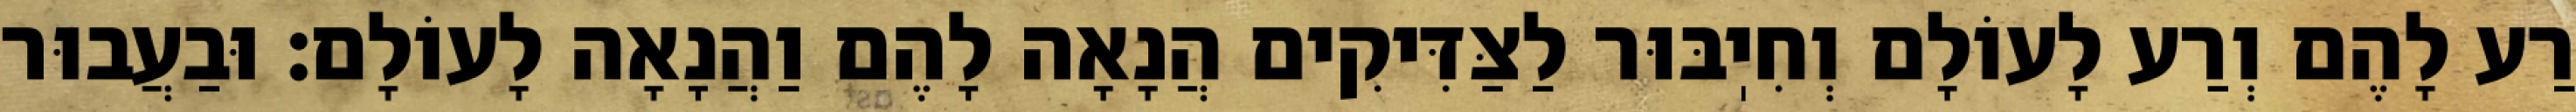
רַע לָהֶם וְרַע לָעוֹלָם וְחִיֽבּוּר לַצַּדִּיקִים הֲנָאָה לָהֶם וַהֲנָאָה לָעוֹלָם: וּבַעֲבוּר